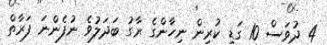
4 ދުވަސް 10 ގަޑި ކުރިން ނިހާންގެ ރާގު ބަދަލުވެ ނުފެންނަ ފަރާތް